Annual report of the Civil Veterinary Department, Bengal, for the year 1898-99 - 1898-1899
Year: 1898
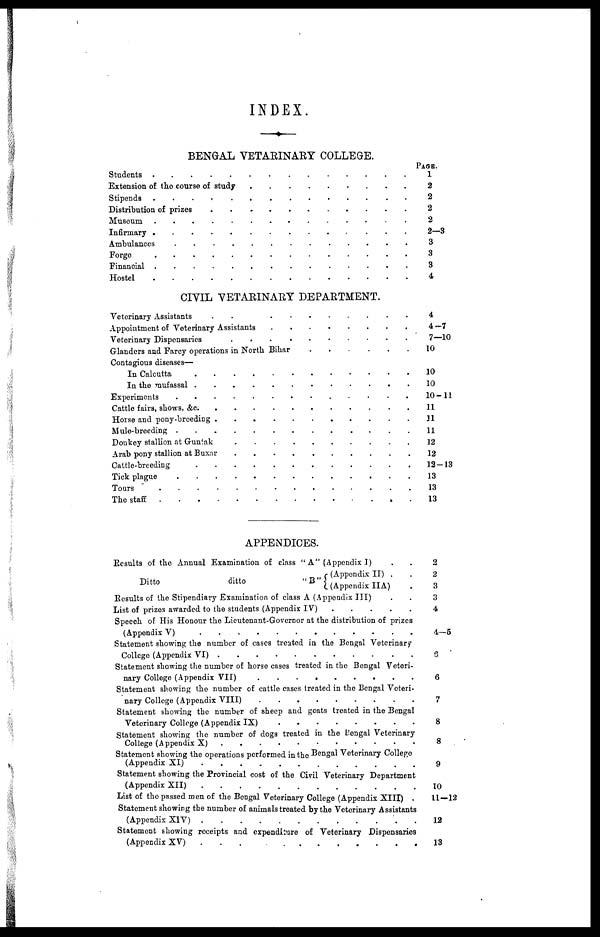
INDEX.
BENGAL VETAEINAEY COLLEGE.
Students . . . . . . . . . . . . . . .
Extension of the course of study . . . . . . . . . . . . . . .
Stipends . . . . . . . . . . . . . . .
Distribution of prizes . . . . . . . . . . . . . . .
Museum . . . . . . . . . . . . . . .
Infirmary . . . . . . . . . . . . . . .
Ambulances
.
.
.
.
.
.
.
.
.
.
.
.
.
.
.
Forge . . . . . . . . . . . . . . .
Financial
.
.
.
.
.
.
.
.
.
.
.
.
.
.
.
Hostel . . . . . . . . . . . . . . .
CIVIL VETAEINAEY DEPAETMENT.
Veterinary Assistants . . . . . . . . . . . . . . .
Appointment of Veterinary Assistants . . . . . . . . . . . . . . .
Veterinary Dispensaries . . . . . . . . . . . . . . .
Glanders and Farcy operations in North Bihar . . . . . . . . . . . . . . .
Contagious diseases—
In Calcutta . . . . . . . . . . . . . . .
In the mufassal . . . . . . . . . . . . . . .
Experiments . . . . . . . . . . . . . . .
Cattle fairs, shows, &c. . . . . . . . . . . . . . . .
Horse and pony-breeding . . . . . . . . . . . . . . .
Mule-breeding . . . . . . . . . . . . . . .
Donkey stallion at Guntak . . . . . . . . . . . . . . .
Arab pony stallion at Buxar . . . . . . . . . . . . . . .
Cattle-breeding . . . . . . . . . . . . . . .
Tick plague . . . . . . . . . . . . . . .
Tours . . . . . . . . . . . . . . .
The staff . . . . . . . . . . . . . . .
Page.
1
2
2
2
2
2—3
3
3
3
4
4
4—7
7—10
10
10
10
10-11
11
11
11
12
12
12—13
13
13
13
APPENDICES.
Results of the Annual Examination of class " A" (Appendix I) ..
(Appendix II) ..
Ditto
ditto
"B"
(Appendix IIA) .
Results of the Stipendiary Examination of class A (Appendix III) ..
List of prizes awarded to the students (Appendix IV)
.
.
.
.
.
Speech of His Honour the Lieutenant-Governor at the distribution of prizes
(Appendix V) . . . . . . . . . . . . . . .
Statement showing the number of cases treated in the Bengal Veterinary
College (Appendix VI) . . . . . . . . . . . . . . .
Statement showing the number of horse cases treated in the Bengal Veteri-
mary College (Appendix VII) . . . . . . . . . . . . . . .
Statement showing the number of cattle cases treated in the Bengal Vcteri-
nary College (Appendix VIII) . . . . . . . . . . . . . . .
Statement showing the number of sheep and goats treated in the Bengal
Veterinary College (Appendix IX) . . . . . . . . . . . . . . .
Statement showing the number of dogs treated in the Bengal Veterinary
College (Appendix X) . . . . . . . . . . . . . . .
Statement showing the operations performed in the Bengal Veterinary College
(Appendix XII) . . . . . . . . . . . . . . .
Statement showing the Provincial cost of the Civil Veterinary Department
(Appendix XII) . . . . . . . . . . . . . . .
List of the passed men of the Bengal Veterinary College (Appendix XIII) .
Statement showing the number of animals treated by the Veterinary Assistants
(Appendix XIV) . . . . . . . . . . . . . . .
Statement showing receipts and expenditure of Veterinary Dispensaries
(Appendix XV) . . . . . . . . . . . . . . .
2
2
3
3
4
4—5
6
6
7
8
8
9
10
11—12
12
13